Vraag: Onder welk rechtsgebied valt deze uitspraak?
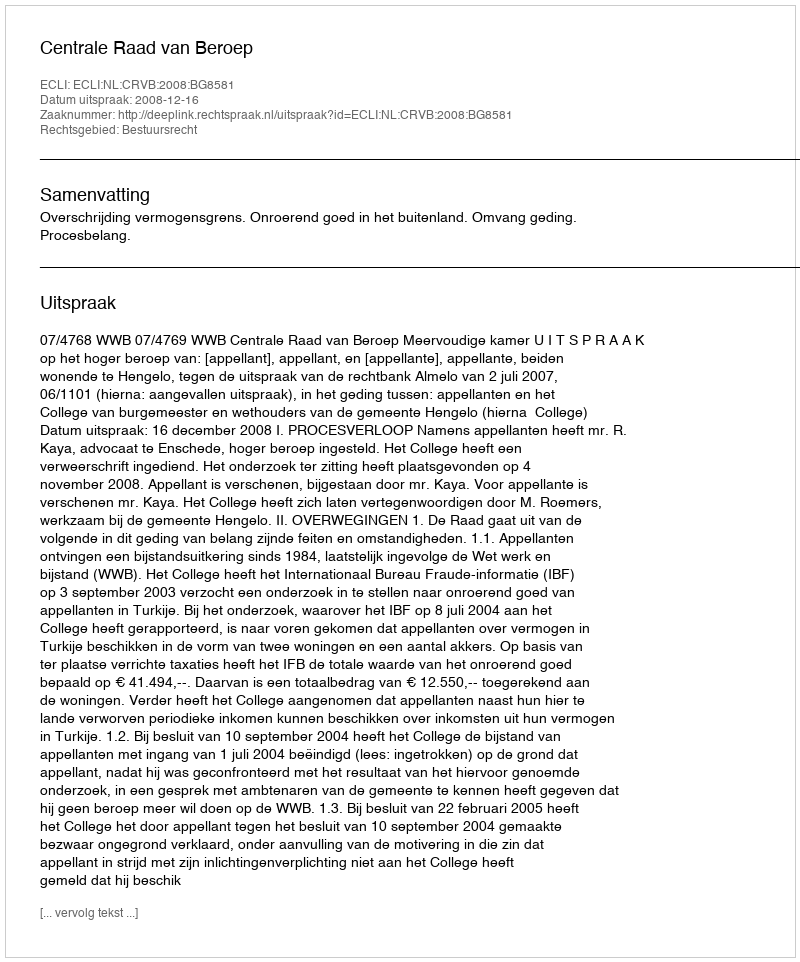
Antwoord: Bestuursrecht